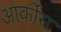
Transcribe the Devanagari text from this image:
आर्कोस